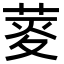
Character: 𦲯